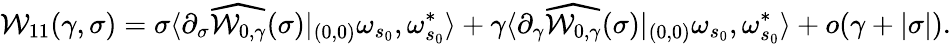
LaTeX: \mathcal{W}_{11}(\gamma,\sigma)=\sigma\langle\partial_{\sigma}\widehat{\mathcal{W}_{0,\gamma}}(\sigma)|_{(0,0)}\omega_{s_{0}},\omega_{s_{0}}^{*}\rangle+\gamma\langle\partial_{\gamma}\widehat{\mathcal{W}_{0,\gamma}}(\sigma)|_{(0,0)}\omega_{s_{0}},\omega_{s_{0}}^{*}\rangle+o(\gamma+\vert\sigma\vert).